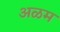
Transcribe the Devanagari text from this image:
अळम